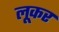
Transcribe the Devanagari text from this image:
लूकर